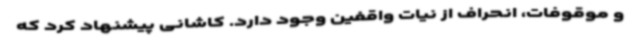
و موقوفات، انحراف از نیات واقفین وجود دارد. کاشانی پیشنهاد کرد که